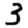
Digit: 3